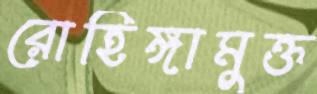
রোহিঙ্গামুক্ত